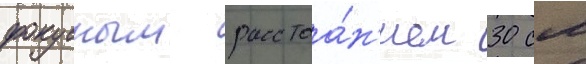
фокусным расстоа́н'ием 30 см